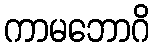
ကာမဘောဂိ